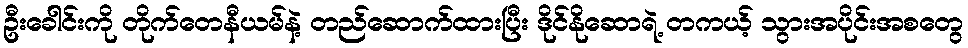
ဦးခေါင်းကို တိုက်တေနီယမ်နဲ့ တည်ဆောက်ထားပြီး ဒိုင်နိုဆောရဲ့ တကယ့် သွားအပိုင်းအစတွေ